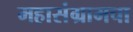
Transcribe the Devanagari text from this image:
महासंग्रामचा